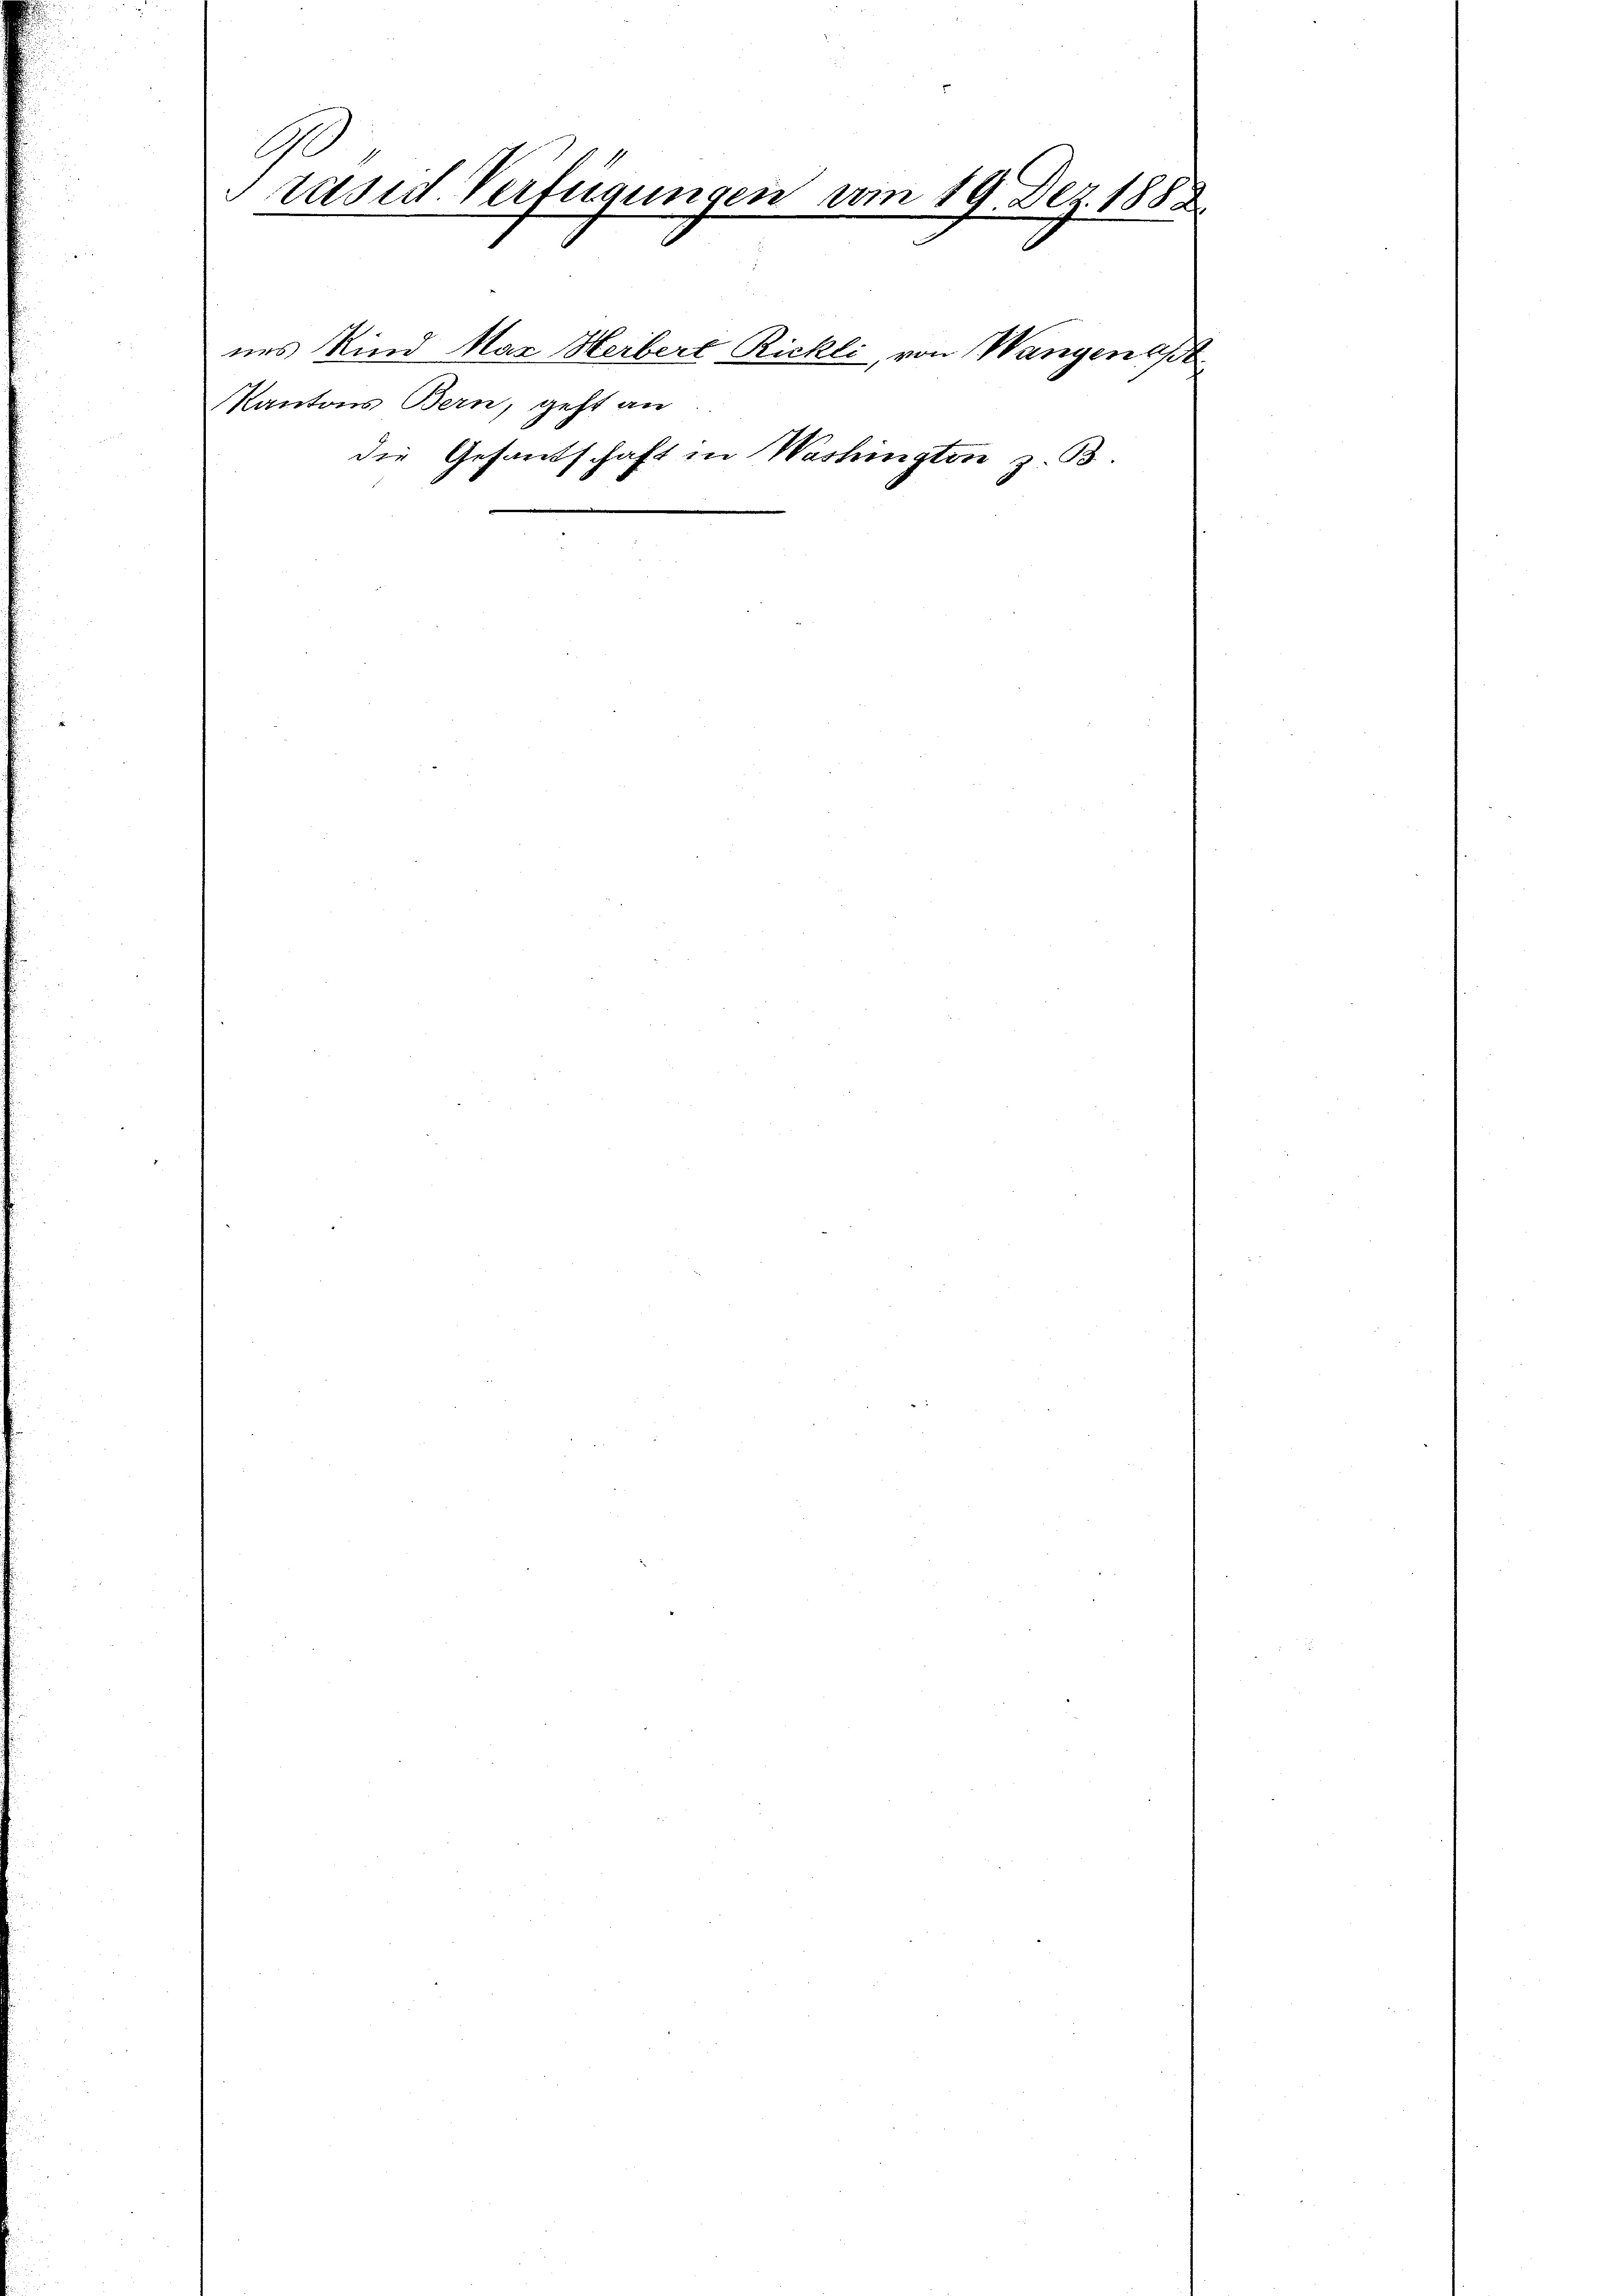
G
Präsid. Verfügungen vom 19. Dez. 1888.

Kantons Bern, geht an

nes Kind Mar Herbert Rickli, von Wangenast
die Gefantschaft in Washington z. B.
.